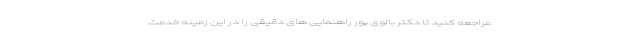
مراجعه کنید تا دکتر بالوی پور راهنمایی های دقیقی را در این زمینه خدمت